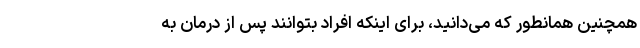
همچنین همانطور که می‌دانید، برای اینکه افراد بتوانند پس از درمان به